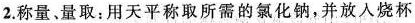
2.称量、量取：用天平称取所需的氯化钠，并放入烧杯